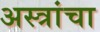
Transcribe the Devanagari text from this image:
अस्त्रांचा